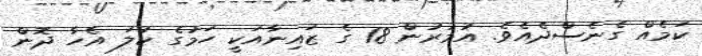
ކަމެއް ގެނެސްދެއެވެ. އުމުރުން 18 ގެ ޒައިނާއަކީ ހަމުގެ ކުލަ އެހާ ދޮން